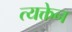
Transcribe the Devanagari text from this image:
त्यक्तेन